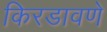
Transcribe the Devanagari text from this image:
किरडावणे